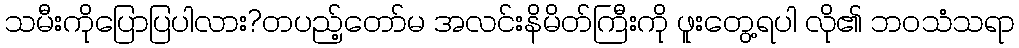
သမီးကိုပြောပြပါလား?တပည့်တော်မ အလင်းနိမိတ်ကြီးကို ဖူးတွေ့ရပါ လို၏ ဘဝသံသရာ